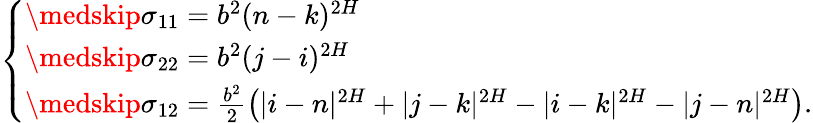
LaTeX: \left\{ \begin{array}{ll}{\medskip\sigma_{11}=b^{2}(n-k)^{2H}}\\ {\medskip\sigma_{22}=b^{2}(j-i)^{2H}}\\ {\medskip\sigma_{12}=\frac{b^{2}}{2}\left(|i-n|^{2H}+|j-k|^{2H}-|i-k|^{2H}-|j-n|^{2H}\right).}\end{array}\right.